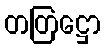
တတြဋ္ဌော